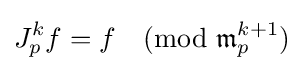
J_{p}^{k}f=f{\pmod {{\mathfrak {m}}_{p}^{k+1}}}